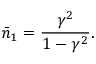
\bar { n } _ { 1 } = \frac { \gamma ^ { 2 } } { 1 - \gamma ^ { 2 } } .